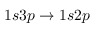
1 s 3 p \to 1 s 2 p